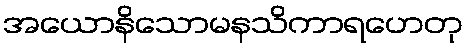
အယောနိသောမနသိကာရဟေတု